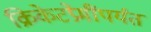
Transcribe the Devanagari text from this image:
क्रिकेटप्रेमींपर्यंत